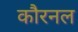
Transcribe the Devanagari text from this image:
कौरनल